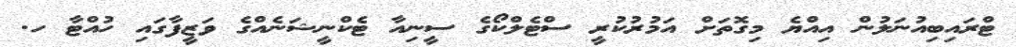
ޓްރައިބިއުނަލުން އިއްޔެ މިގޮތަށް އަމުރުކުރީ ސްޓެލްކޯގެ ސީނިއާ ޓެކްނީޝަނެއްގެ ވަޒީފާގައި ހުއްޓާ ހ.